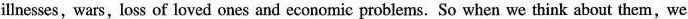
illnesses,wars,loss of loved ones and economic problems. So when we think about them,we